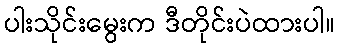
ပါးသိုင်းမွေးက ဒီတိုင်းပဲထားပါ။